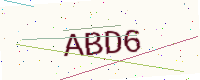
Text: ABD6